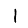
Digit: 1